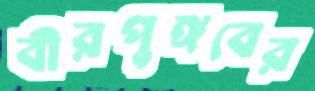
বীরপুঙ্গবের